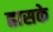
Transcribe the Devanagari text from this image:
ह्रासके